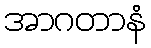
အာဂတာနံ